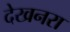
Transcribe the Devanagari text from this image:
देखनरा